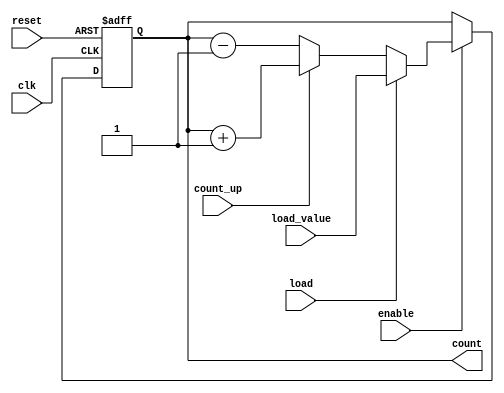
module synchronous_counter #(
    parameter WIDTH = 4 // Bit width of the counter
)(
    input wire clk,          // Clock input
    input wire reset,        // Asynchronous reset input
    input wire enable,       // Enable signal
    input wire count_up,     // Count up control signal
    input wire load,         // Load control signal
    input wire [WIDTH-1:0] load_value, // Value to load into the counter
    output reg [WIDTH-1:0] count // Current count value
);

    // Always block triggered on the rising edge of the clock
    always @(posedge clk or posedge reset) begin
        if (reset) begin
            // Reset the counter to zero
            count <= 0;
        end else if (enable) begin
            if (load) begin
                // Load the specified value into the counter
                count <= load_value;
            end else if (count_up) begin
                // Count up
                count <= count + 1;
            end else begin
                // Count down
                count <= count - 1;
            end
        end
    end

endmodule